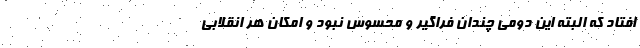
افتاد که البته این دومی چندان فراگیر و محسوس نبود و امکان هر انقلابی